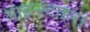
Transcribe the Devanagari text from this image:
आइन्स्टाइन।